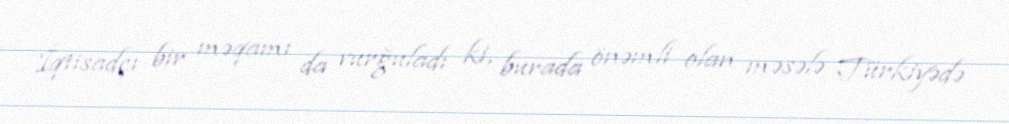
İqtisadçı bir məqamı da vurğuladı ki, burada önəmli olan məsələ Türkiyədə